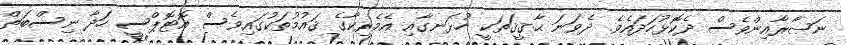
ނަޞާރާއިންވެސް ދެކޮޅުހަދައެވެ. ދެވަނަ ޙާޤީޤަތަކީ ހުޅަނގާއި އެމެރިކާގެ ޤައުމުތަކުގައިވެސް އޮޓޮޕްސީ ހަދާ ނިސްބަތް